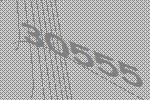
30555